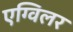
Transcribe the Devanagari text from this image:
एग्विलर